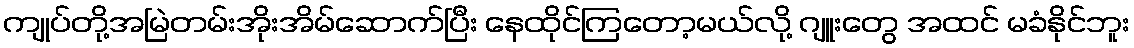
ကျုပ်တို့အမြဲတမ်းအိုးအိမ်ဆောက်ပြီး နေထိုင်ကြတော့မယ်လို့ ဂျူးတွေ အထင် မခံနိုင်ဘူး